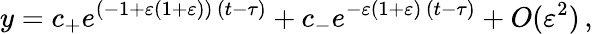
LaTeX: y=c_{+}e^{(-1+\varepsilon(1+\varepsilon))\, (t-\tau)}+c_{-}e^{-\varepsilon(1+\varepsilon)\, (t-\tau)}+O(\varepsilon^{2})\, ,